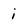
Character: i